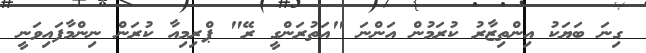
ގިނަ ބަޔަކު އިންތިޒާރު ކުރަމުން އަންނަ "އަތުރަންގީ ރޭ" ޕްރިމިއާ ކުރަން ނިންމާފައިވަނީ